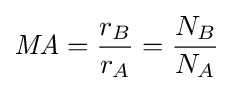
{\mathit {MA}}={\frac {r_{B}}{r_{A}}}={\frac {N_{B}}{N_{A}}}